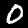
Digit: 0